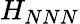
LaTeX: H_{NNN}